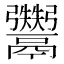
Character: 𱆔